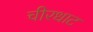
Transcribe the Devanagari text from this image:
चीरधाट